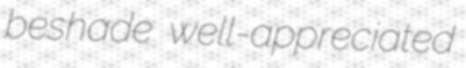
beshade well-appreciated